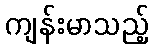
ကျန်းမာသည့်